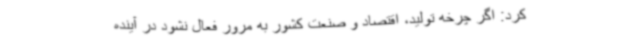
کرد: اگر چرخه تولید، اقتصاد و صنعت کشور به مرور فعال نشود در آینده